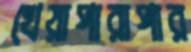
খেয়াপারাপার